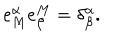
LaTeX: e _ { M } ^ { \alpha } e _ { \beta } ^ { M } = \delta _ { \beta } ^ { \alpha } .